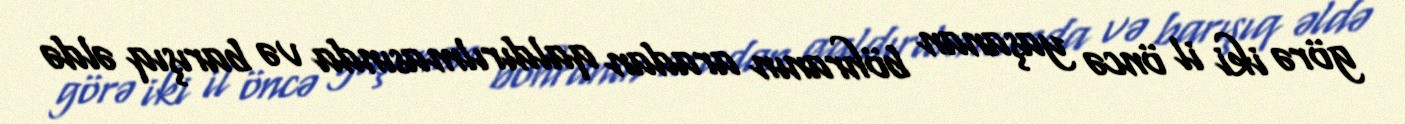
görə iki il öncə yaşanan böhranın aradan qaldırılmasında və barışıq əldə